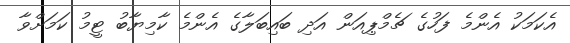
އެކަމަކު އެންމެ ފަހުގެ ޗެމްޕިއަން އަދި ބައިބަލާގެ އެންމެ ކާމިޔާބު ޓީމު ކަމަށްވާ